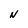
Character: N